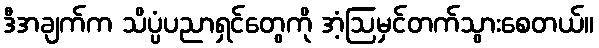
ဒီအချက်က သိပ္ပံပညာရှင်တွေကို အံ့ဩမှင်တက်သွားစေတယ်။